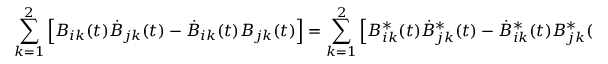
\sum _ { k = 1 } ^ { 2 } \left[ B _ { i k } ( t ) \dot { B } _ { j k } ( t ) - \dot { B } _ { i k } ( t ) B _ { j k } ( t ) \right] = \sum _ { k = 1 } ^ { 2 } \left[ B _ { i k } ^ { \ast } ( t ) \dot { B } _ { j k } ^ { \ast } ( t ) - \dot { B } _ { i k } ^ { \ast } ( t ) B _ { j k } ^ { \ast } ( t ) \right] = 0 \; .